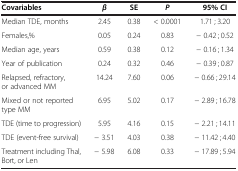
<table><thead><tr><td><b>Covariables</b></td><td><b><i>β</i></b></td><td><b>SE</b></td><td><b><i>P</i></b></td><td><b>95% CI</b></td></tr></thead><tbody><tr><td>Median TDE, months</td><td>2.45</td><td>0.38</td><td>&lt; 0.0001</td><td>1.71 ; 3.20</td></tr><tr><td>Females,%</td><td>0.05</td><td>0.24</td><td>0.83</td><td>− 0.42 ; 0.52</td></tr><tr><td>Median age, years</td><td>0.59</td><td>0.38</td><td>0.12</td><td>− 0.16 ; 1.34</td></tr><tr><td>Year of publication</td><td>0.24</td><td>0.32</td><td>0.46</td><td>− 0.39 ; 0.87</td></tr><tr><td>Relapsed, refractory, or advanced MM</td><td>14.24</td><td>7.60</td><td>0.06</td><td>− 0.66 ; 29.14</td></tr><tr><td>Mixed or not reported type MM</td><td>6.95</td><td>5.02</td><td>0.17</td><td>− 2.89 ; 16.78</td></tr><tr><td>TDE (time to progression)</td><td>5.95</td><td>4.16</td><td>0.15</td><td>− 2.21 ; 14.11</td></tr><tr><td>TDE (event-free survival)</td><td>− 3.51</td><td>4.03</td><td>0.38</td><td>− 11.42 ; 4.40</td></tr><tr><td>Treatment including Thal, Bort, or Len</td><td>− 5.98</td><td>6.08</td><td>0.33</td><td>− 17.89 ; 5.94</td></tr></tbody></table>